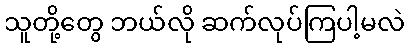
သူတို့တွေ ဘယ်လို ဆက်လုပ်ကြပါ့မလဲ